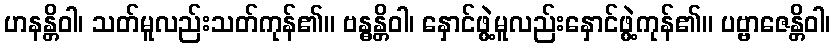
ဟနန္တိဝါ၊ သတ်မူလည်းသတ်ကုန်၏။ ဗန္ဓန္တိဝါ၊ နှောင်ဖွဲ့မူလည်းနှောင်ဖွဲ့ကုန်၏။ ပဗ္ဗာဇေန္တိဝါ၊